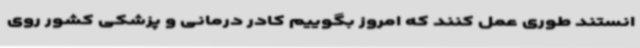
انستند طوری عمل کنند که امروز بگوییم کادر درمانی و پزشکی کشور روی